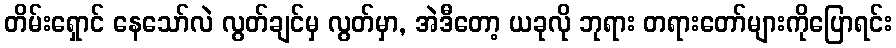
တိမ်းရှောင် နေသော်လဲ လွတ်ချင်မှ လွတ်မှာ, အဲဒီတော့ ယခုလို ဘုရား တရားတော်များကိုပြောရင်း